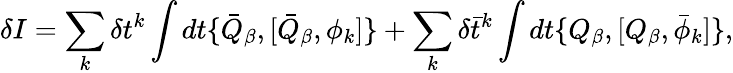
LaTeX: \delta I=\sum_{k}\delta t^{k}\int dt\{ \bar{Q}_{\beta},[\bar{Q}_{\beta},\phi_{k}]\} +\sum_{k}\delta\bar{t}^{k}\int dt\{ Q_{\beta},[Q_{\beta},\bar{\phi}_{k}]\} ,